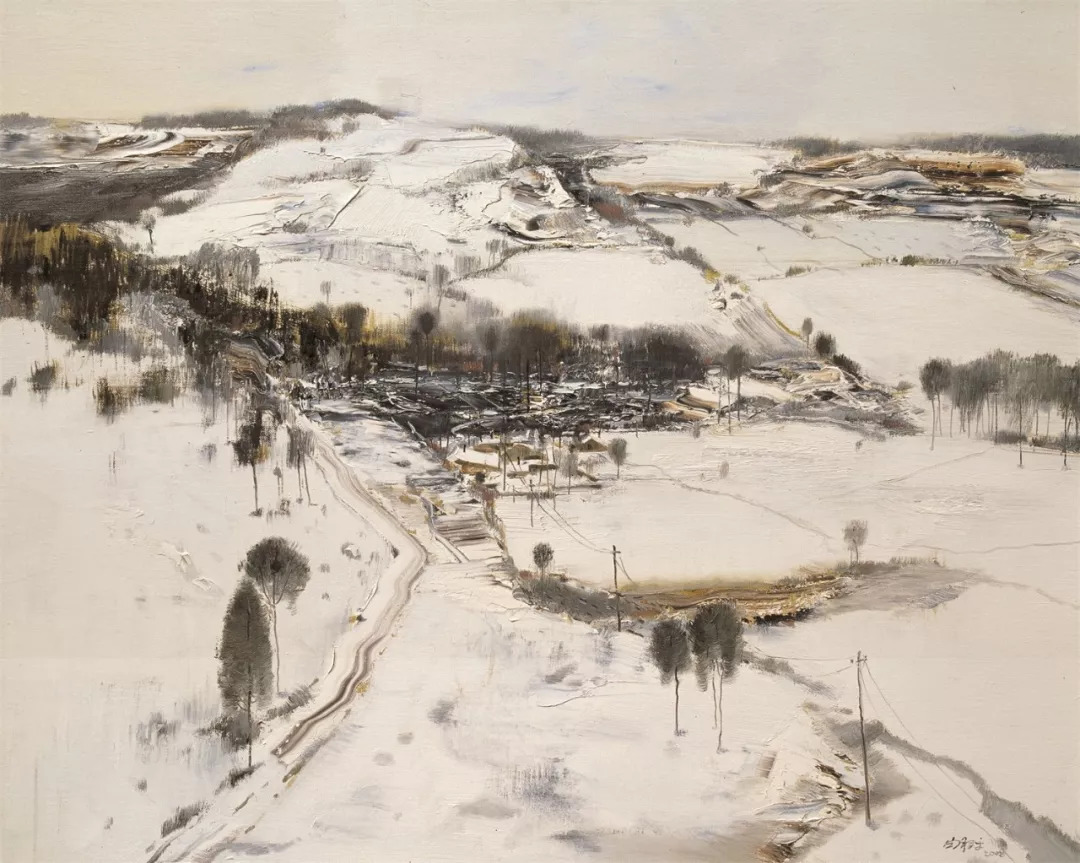
绿叶紫裹，丹茎白蒂。